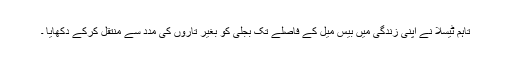
تاہم ٹیسلا نے اپنی زندگی میں بیس میل کے فاصلے تک بجلی کو بغیر تاروں کی مدد سے منتقل کرکے دکھایا ۔